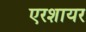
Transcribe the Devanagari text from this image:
एरशायर